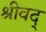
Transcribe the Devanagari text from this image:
श्रीवद्‌